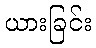
ယားခြင်း